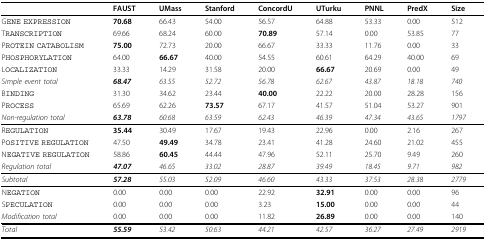
<table><thead><tr><td></td><td><b>FAUST</b></td><td><b>UMass</b></td><td><b>Stanford</b></td><td><b>ConcordU</b></td><td><b>UTurku</b></td><td><b>PNNL</b></td><td><b>PredX</b></td><td><b>Size</b></td></tr></thead><tbody><tr><td>GENE EXPRESSION</td><td><b>70.68</b></td><td>66.43</td><td>54.00</td><td>56.57</td><td>64.88</td><td>53.33</td><td>0.00</td><td>512</td></tr><tr><td>TRANSCRIPTION</td><td>69.66</td><td>68.24</td><td>60.00</td><td><b>70.89</b></td><td>57.14</td><td>0.00</td><td>53.85</td><td>77</td></tr><tr><td>PROTEIN CATABOLISM</td><td><b>75.00</b></td><td>72.73</td><td>20.00</td><td>66.67</td><td>33.33</td><td>11.76</td><td>0.00</td><td>33</td></tr><tr><td>PHOSPHORYLATION</td><td>64.00</td><td><b>66.67</b></td><td>40.00</td><td>54.55</td><td>60.61</td><td>64.29</td><td>40.00</td><td>69</td></tr><tr><td>LOCALIZATION</td><td>33.33</td><td>14.29</td><td>31.58</td><td>20.00</td><td><b>66.67</b></td><td>20.69</td><td>0.00</td><td>49</td></tr><tr><td><i>Simple event total</i></td><td><i><b>68.47</b></i></td><td><i>63.55</i></td><td><i>52.72</i></td><td><i>56.78</i></td><td><i>62.67</i></td><td><i>43.87</i></td><td><i>18.18</i></td><td><i>740</i></td></tr><tr><td>BINDING</td><td>31.30</td><td>34.62</td><td>23.44</td><td><b>40.00</b></td><td>22.22</td><td>20.00</td><td>28.28</td><td>156</td></tr><tr><td>PROCESS</td><td>65.69</td><td>62.26</td><td><b>73.57</b></td><td>67.17</td><td>41.57</td><td>51.04</td><td>53.27</td><td>901</td></tr><tr><td><i>Non-regulation total</i></td><td><b><i>63.78</i></b></td><td><i>60.68</i></td><td><i>63.59</i></td><td><i>62.43</i></td><td><i>46.39</i></td><td><i>47.34</i></td><td><i>43.65</i></td><td><i>1797</i></td></tr><tr><td>REGULATION</td><td><b>35.44</b></td><td>30.49</td><td>17.67</td><td>19.43</td><td>22.96</td><td>0.00</td><td>2.16</td><td>267</td></tr><tr><td>POSITIVE REGULATION</td><td>47.50</td><td><b>49.49</b></td><td>34.78</td><td>23.41</td><td>41.28</td><td>24.60</td><td>21.02</td><td>455</td></tr><tr><td>NEGATIVE REGULATION</td><td>58.86</td><td><b>60.45</b></td><td>44.44</td><td>47.96</td><td>52.11</td><td>25.70</td><td>9.49</td><td>260</td></tr><tr><td><i>Regulation total</i></td><td><b><i>47.07</i></b></td><td><i>46.65</i></td><td><i>33.02</i></td><td><i>28.87</i></td><td><i>39.49</i></td><td><i>18.45</i></td><td><i>9.71</i></td><td><i>982</i></td></tr><tr><td><i>Subtotal</i></td><td><b><i>57.28</i></b></td><td><i>55.03</i></td><td><i>52.09</i></td><td><i>46.60</i></td><td><i>43.33</i></td><td><i>37.53</i></td><td><i>28.38</i></td><td><i>2779</i></td></tr><tr><td>NEGATION</td><td>0.00</td><td>0.00</td><td>0.00</td><td>22.92</td><td><b>32.91</b></td><td>0.00</td><td>0.00</td><td>96</td></tr><tr><td>SPECULATION</td><td>0.00</td><td>0.00</td><td>0.00</td><td>3.23</td><td><b>15.00</b></td><td>0.00</td><td>0.00</td><td>44</td></tr><tr><td><i>Modification total</i></td><td>0.00</td><td>0.00</td><td>0.00</td><td>11.82</td><td><b>26.89</b></td><td>0.00</td><td>0.00</td><td>140</td></tr><tr><td><i>Total</i></td><td><b><i>55.59</i></b></td><td><i>53.42</i></td><td><i>50.63</i></td><td><i>44.21</i></td><td><i>42.57</i></td><td><i>36.27</i></td><td><i>27.49</i></td><td><i>2919</i></td></tr></tbody></table>